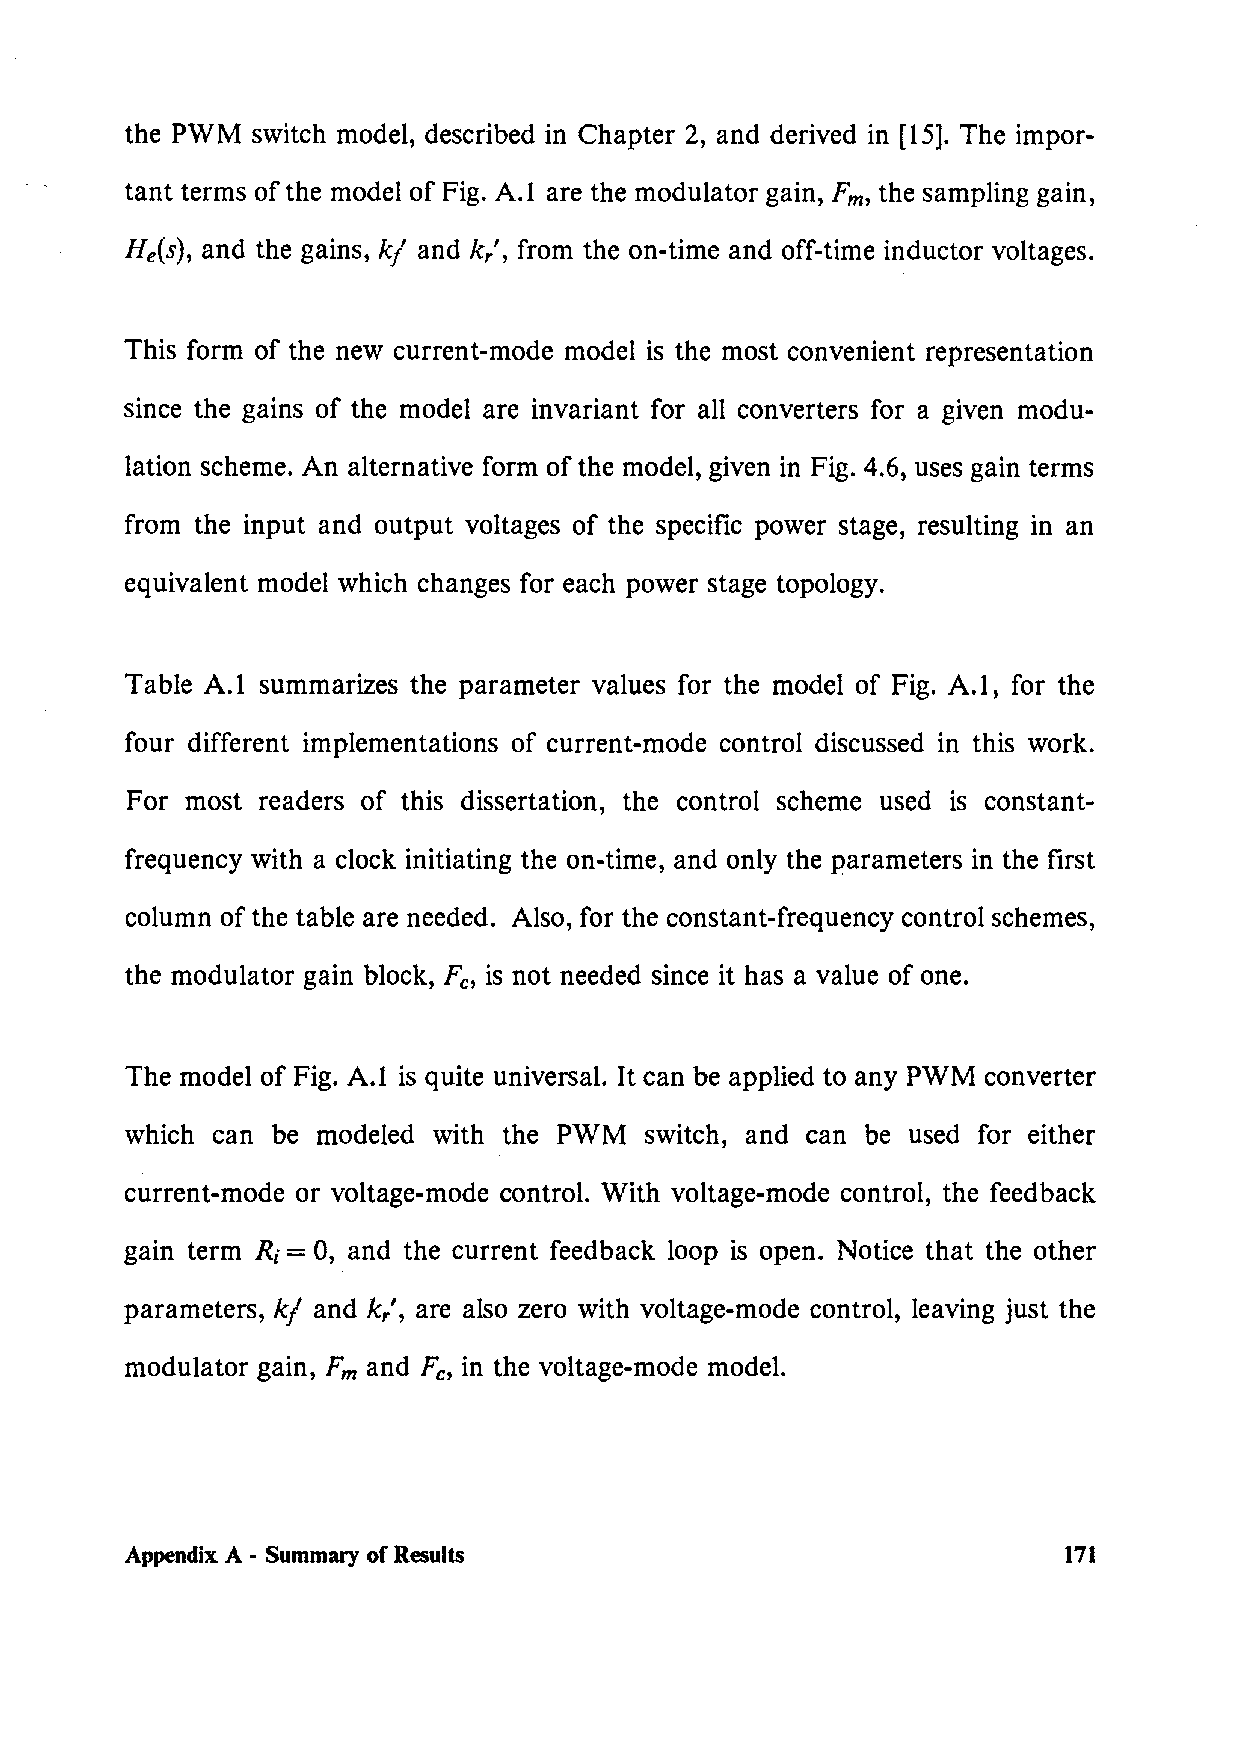
the PWM  switch model, described in Chapter 2, and derived in [15]. The impor-
 tant terms of the model of Fig. A.1 are the modulator gain, Fm, the sampling gain,
 He(s), and the gains, k/ and k,', from the on-time and off-time inductor voltages.
 This form of the new current-mode model is the most convenient representation
 since the gains of the model are invariant for all converters for a given modu-
 lation scheme. An alternative form of the model, given in Fig. 4.6, uses gain terms
 from the input and output voltages of the specific power stage, resulting in an
 equivalent model which changes for each power stage topology.
 Table A.1 summarizes the parameter values for the model of Fig. A. I, for the
 four different implementations of current-mode control discussed in this work.
 For most readers of this dissertation, the control scheme used is constant-
 frequency with a clock initiating the on-time, and only the parameters in the first
 column of the table are needed. Also, for the constant-frequency control schemes,
 the modulator gain block, Fe, is not needed since it has a value of one.
 The model of Fig. A.I is quite universal. It can be applied to any PWM converter
 which can be modeled with the PWM  switch, and can be used for either
 current-mode or voltage-mode control. With voltage-mode control, the feedback
 gain term Rt= 0, and the current feedback loop is open. Notice that the other
 parameters, k/ and k,', are also zero with voltage-mode control, leaving just the
 modulator gain, Fm and Fe, in the voltage-mode model.
 Appendix A - Summary of Results                               171